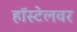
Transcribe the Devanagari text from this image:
हॉस्टेलवर